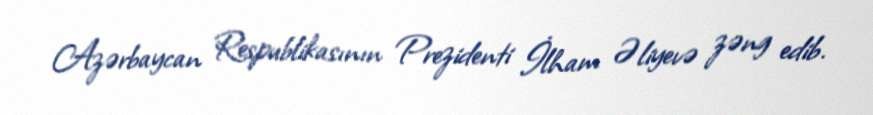
Azərbaycan Respublikasının Prezidenti İlham Əliyevə zəng edib.